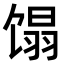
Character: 𬳉